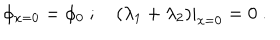
LaTeX: \phi _ { x = 0 } = \phi _ { 0 } \ ; \quad ( \lambda _ { 1 } + \lambda _ { 2 } ) | _ { x = 0 } = 0 \ .